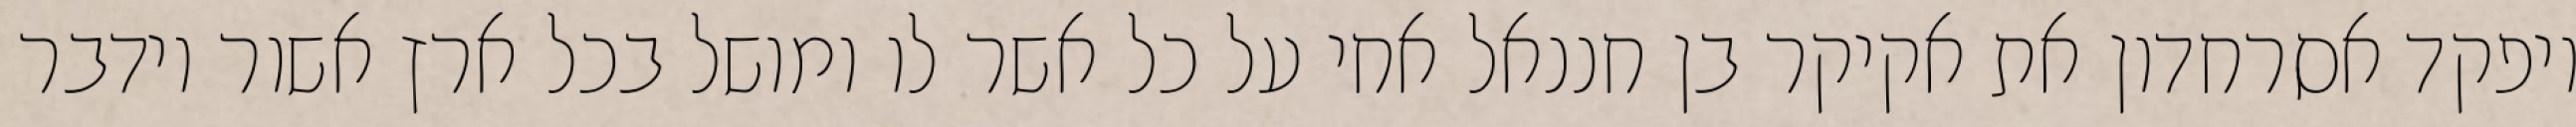
ויפקד אסרחדון את אקיקר בן חננאל אחי על כל אשר לו ומושל בכל ארץ אשור וידבר